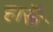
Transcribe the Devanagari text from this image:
हारूँ